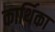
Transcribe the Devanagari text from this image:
कार्थिका